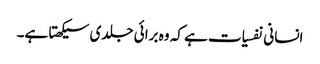
انسانی نفسیات ہے کہ وہ برائی جلدی سیکھتا ہے۔